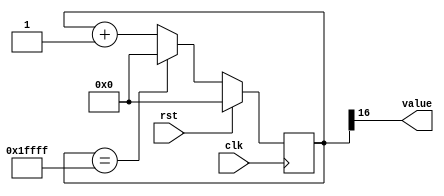
/*
   This file was generated automatically by Alchitry Labs version 1.2.7.
   Do not edit this file directly. Instead edit the original Lucid source.
   This is a temporary file and any changes made to it will be destroyed.
*/

/*
   Parameters:
     SIZE = DIGIT_BITS
     DIV = DIV
     TOP = DIGITS-1
     UP = 1
*/
module counter_20 (
    input clk,
    input rst,
    output reg [0:0] value
  );
  
  localparam SIZE = 1'h1;
  localparam DIV = 5'h10;
  localparam TOP = 3'h1;
  localparam UP = 1'h1;
  
  
  reg [16:0] M_ctr_d, M_ctr_q = 1'h0;
  
  localparam MAX_VALUE = 19'h1ffff;
  
  always @* begin
    M_ctr_d = M_ctr_q;
    
    value = M_ctr_q[16+0-:1];
    if (1'h1) begin
      M_ctr_d = M_ctr_q + 1'h1;
      if (1'h1 && M_ctr_q == 19'h1ffff) begin
        M_ctr_d = 1'h0;
      end
    end else begin
      M_ctr_d = M_ctr_q - 1'h1;
      if (1'h1 && M_ctr_q == 1'h0) begin
        M_ctr_d = 19'h1ffff;
      end
    end
  end
  
  always @(posedge clk) begin
    if (rst == 1'b1) begin
      M_ctr_q <= 1'h0;
    end else begin
      M_ctr_q <= M_ctr_d;
    end
  end
  
endmodule